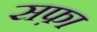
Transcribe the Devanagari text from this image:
सफ़ा